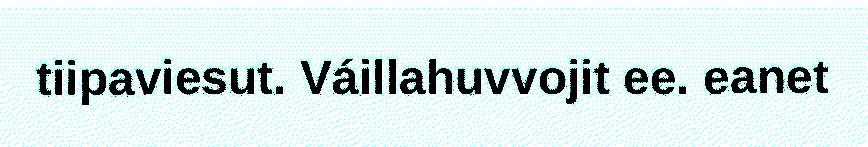
tiipaviesut. Váillahuvvojit ee. eanet